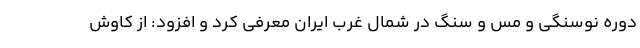
دوره نوسنگی و مس و سنگ در شمال غرب ایران معرفی کرد و افزود: از کاوش